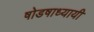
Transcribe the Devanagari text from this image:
षोडषाध्यायी